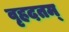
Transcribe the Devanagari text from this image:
वृहदतम्